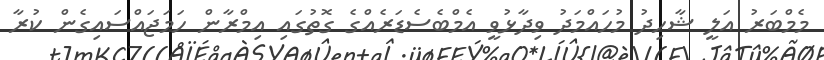
މެމްބަރު އަލީ ޝާހިދު މުހައްމަދު ވިދާޅުވީ އެމްބެސެޑަރެއްގެ ގޮތުގައި އިމްރާން ހަމަޖައްސައިގެން ކުރާ